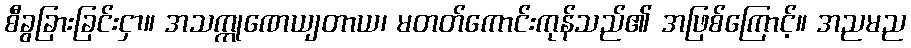
စီခွခြားခြင်းငှာ။ အသက္ကုဏေယျတာယ၊ မတတ်ကောင်းကုန်သည်၏ အဖြစ်ကြောင့်။ အညမည